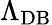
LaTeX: \Lambda_{\mathrm{DB}}